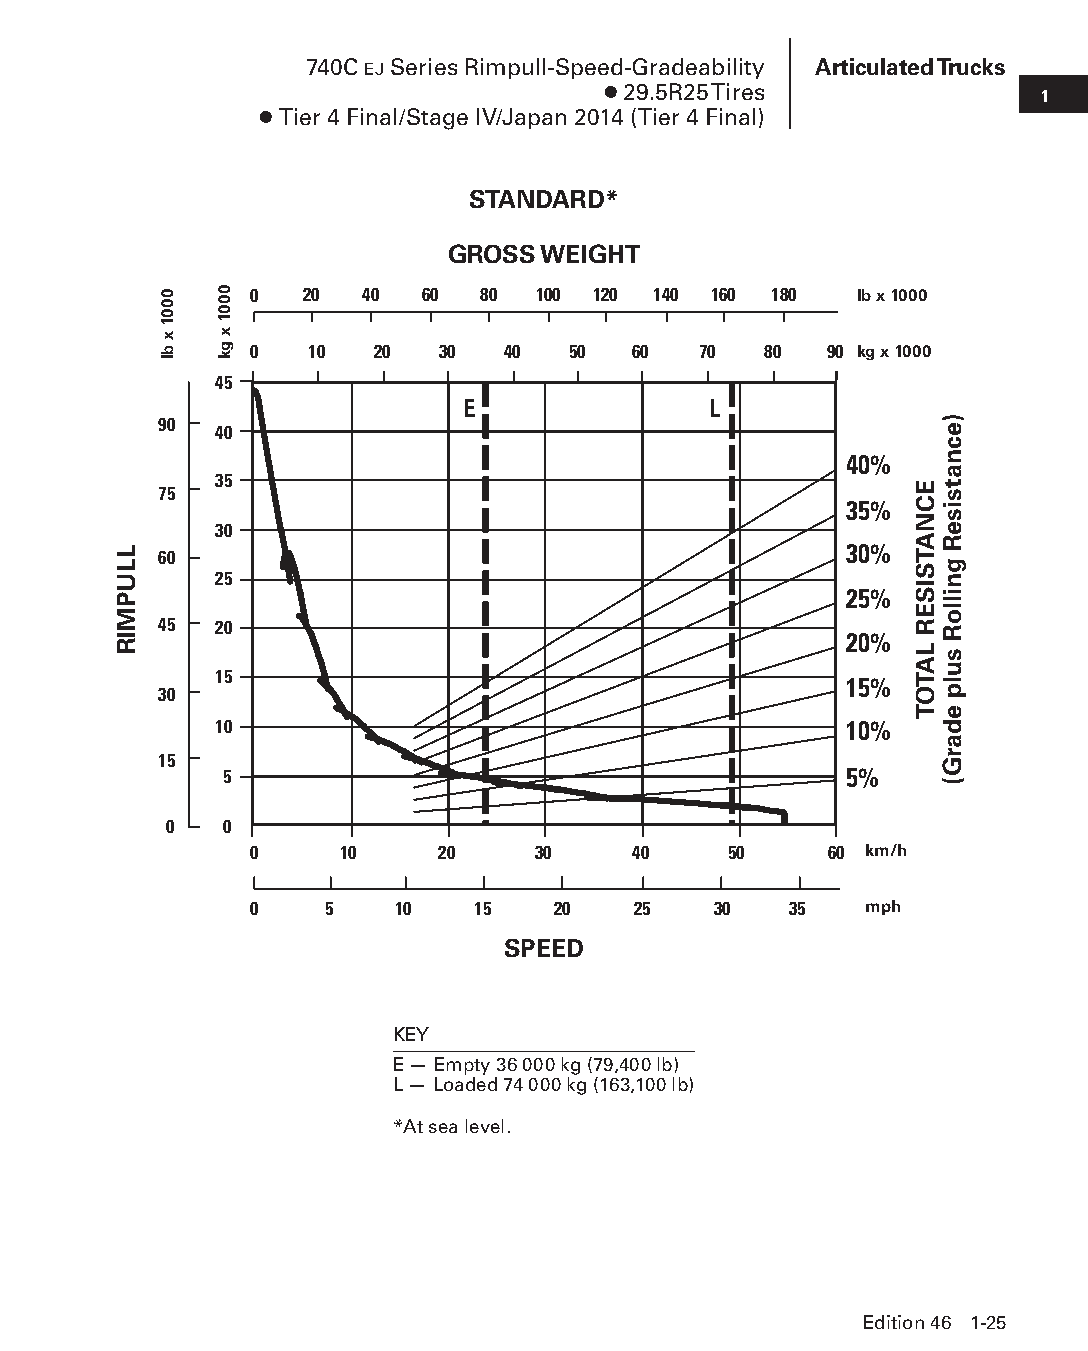
740C EJ Series Rimpull-Speed-Gradeability Articulated Trucks
 ● 29.5R25 Tires              1
 ● Tier 4 Final/Stage IV/Japan 2014 (Tier 4 Final)
 STANDARD*
 GROSS WEIGHT
 0  20  40  60  80  100 120 140 160 180  lb x 1000
 0   10  20  30   40  50  60   70  80  90 kg x 1000
 45
 E               L
 90  40
 40%
 35
 75
 35%
 30
 30%
 60
 25
 25%
 45  20
 20%
 15                                       15%
 30
 10                                       10%
 15
 5                                        5%
 0   0
 0     10    20     30    40     50    60 km/h
 0    5    10   15   20   25    30   35   mph
 SPEED
 KEY
 E — Empty 36 000 kg (79,400 lb)
 L — Loaded 74 000 kg (163,100 lb)
 *At sea level.
 Edition 46 1-25
 PPHHBB--SSeecc0011--1166..iinndddd 2255                        1122//44//1155 1100::2244 AAMM
 LLUPMIR
 0001
 x
 bl
 0001
 x
 gk
 ECNATSISER
 LATOT
 )ecnatsiseR
 gnilloR
 sulp
 edarG(